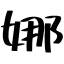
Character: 娜